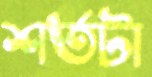
শর্তটা